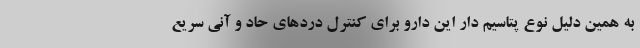
به همین دلیل نوع پتاسیم دار این دارو برای کنترل دردهای حاد و آنی سریع